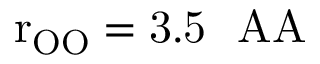
\mathrm { r _ { O O } = 3 . 5 ~ \ A A }